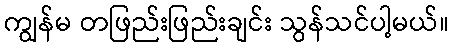
ကျွန်မ တဖြည်းဖြည်းချင်း သွန်သင်ပါ့မယ်။